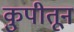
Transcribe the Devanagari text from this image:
कुपीतून